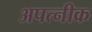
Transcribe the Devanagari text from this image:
अपत्नीक